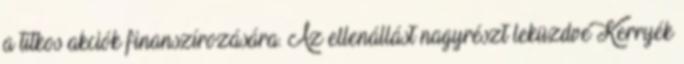
a titkos akciók finanszírozására. Az ellenállást nagyrészt leküzdve Kerryék